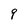
Character: 9